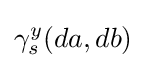
\gamma _{s}^{y}(da,db)